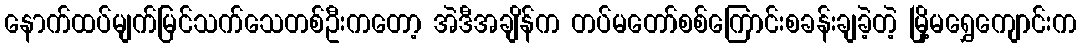
နောက်ထပ်မျက်မြင်သက်သေတစ်ဦးကတော့ အဲဒီအချိန်က တပ်မတော်စစ်ကြောင်းစခန်းချခဲ့တဲ့ မြို့မရွှေကျောင်းက